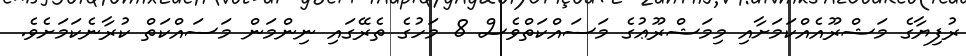
ރުފިޔާގެ މަޝްރޫއެއްކަމަށާއި މިމަޝްރޫޢުގެ މަސައްކަތްވެސް 8 މަހުގެ ތެރޭގައި ނިންމަން މަސައްކަތް ކުރާނެކަމަށެވެ.